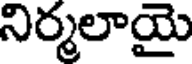
నిర్మలాయై